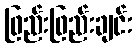
ဖြည်းဖြည်းချင်း